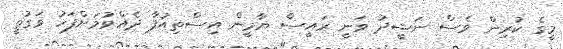
މީގެ ކުރިން ވެސް ނަޝީދު ވަނީ ރައީސް ޔާމީން އިސްތިއުފާ ދެއްވުމަށްފަހު ވަގުތީ